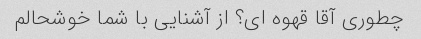
چطوری آقا قهوه ای؟ از آشنایی با شما خوشحالم